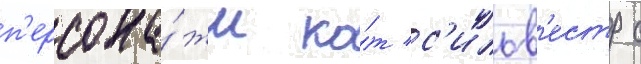
п'ерсона́жи ко́т с'ильв'естр с